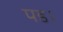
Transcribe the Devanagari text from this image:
पड।